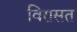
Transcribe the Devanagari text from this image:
विरासत